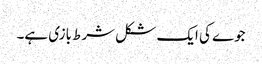
جوے کی ایک شکل شرط بازی ہے۔